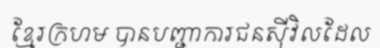
ខ្មែរក្រហម បានបញ្ជាការជនស៊ីវិលដែល